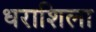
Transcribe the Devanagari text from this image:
धराशिला